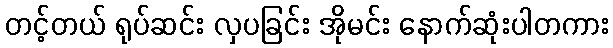
တင့်တယ် ရုပ်ဆင်း လှပခြင်း အိုမင်း နောက်ဆုံးပါတကား